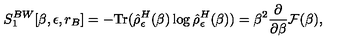
S _ { 1 } ^ { B W } [ \beta , \epsilon , r _ { B } ] = - \mathrm { T r } ( \hat { \rho } _ { \epsilon } ^ { H } ( \beta ) \log \hat { \rho } _ { \epsilon } ^ { H } ( \beta ) ) = \beta ^ { 2 } { \frac { \partial } { \partial \beta } } { \cal F } ( \beta ) ,